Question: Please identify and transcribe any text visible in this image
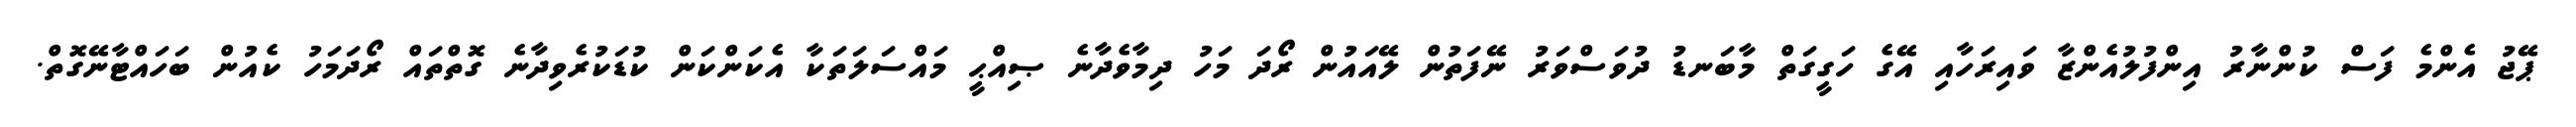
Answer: ޕޭޖު އެންމެ ފަސް ކުންނާރު އިންފުލުއެންޒާ ވައިރަހާއި އޭގެ ހަގީގަތް މާބަނޑު ދުވަސްވަރު ނޭފަތުން ލޭއައުން ރޯދަ މަހު ދިމާވެދާނެ ޞިއްޙީ މައްސަލަތަކާ އެކަންކަން ކުޑަކުރެވިދާނެ ގޮތްތައް ރޯދަމަހު ކެއުން ބަހައްޓާނޭގޮތް.